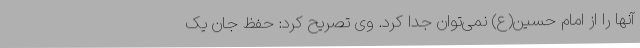
آنها را از امام حسین(ع) نمی‌توان جدا کرد. وی تصریح کرد: حفظ جان یک